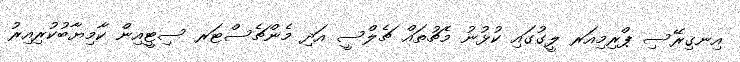
އިނގިރޭސި ޕްރިމިއަރ ލީގުގައި ކުޅުނު މެޗުތައް ޗެލްސީ އަދި މެންޗެސްޓަރ ސިޓީއިން ކާމިޔާބުކުރިއިރު